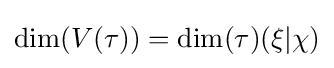
\dim(V(\tau ))=\dim(\tau )(\xi |\chi )